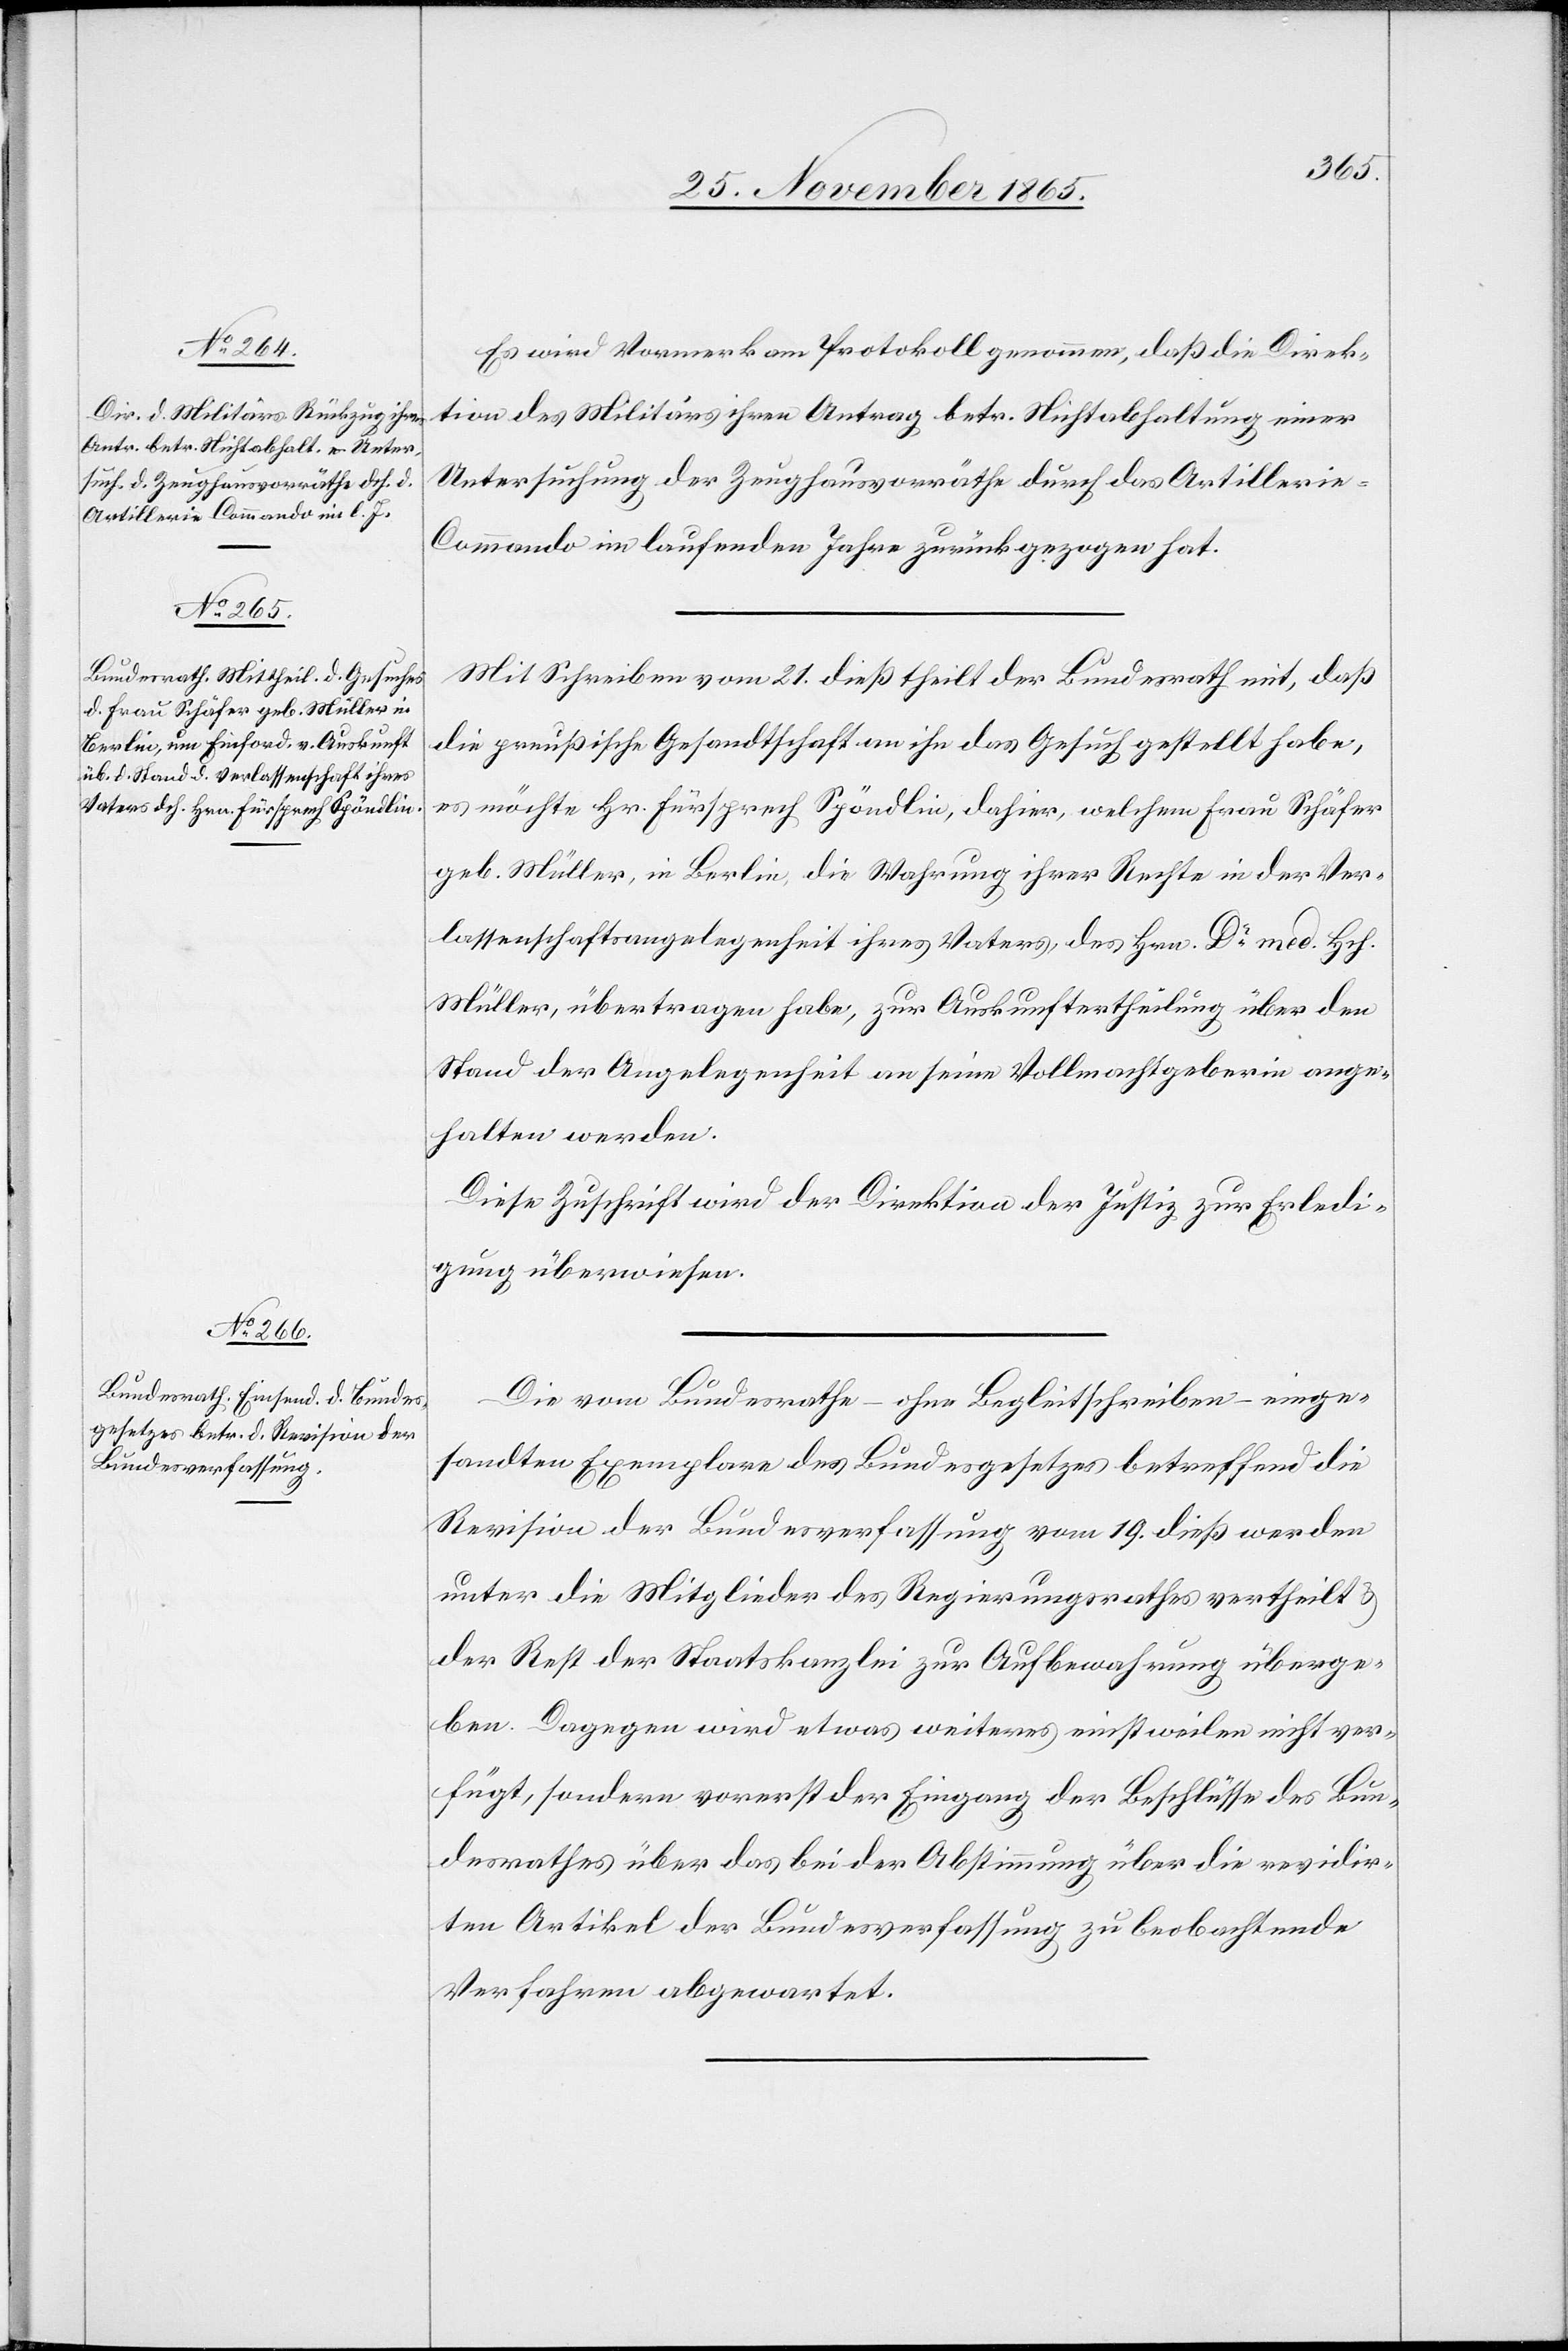
Es wird Vormerk am Protokoll genommen, daß die Direk¬
tion des Militärs ihren Antrag betr. Nichtabhaltung einer
Untersuchung der Zeughausvorräthe durch das Artilleri¬
e-Commando im laufenden Jahr zurückgezogen hat.
Mit Schreiben vom 21. dieß theilt der Bundesrath mit, daß
die preußische Gesandtschaft an ihn das Gesuch gestellt habe,
es möchte Hr. Fürsprech Spöndlin, dahier, welchem Frau Schäfer
geb. Müller, in Berlin, die Wahrung ihrer Rechte in der Ver¬
lassenschaftsangelegenheit ihres Vaters, des Hrn. Dr med. Hch.
Müller, übertragen habe, zur Auskunftertheilung über den
Stand der Angelegenheit an seine Vollmachtgeberin ange¬
halten werden.
Diese Zuschrift wird der Direktion der Justiz zur Erledi¬
gung überwiesen.
Die vom Bundesrathe – ohne Begleitschreiben – einge¬
sandten Exemplare des Bundesgesetzes betreffend die
Revision der Bundesverfassung vom 19. dieß werden
unter die Mitglieder des Regierungsrathes vertheilt &
der Rest der Staatskanzlei zur Aufbewahrung überge¬
ben. Dagegen wird etwas weiteres einstweilen nicht ver¬
fügt, sondern vorerst der Eingang der Beschlüsse des Bun¬
desrathes über das bei der Abstimmung über die revidir¬
ten Artikel der Bundesverfassung zu beobachtende
Verfahren abgewartet.